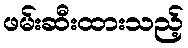
ဖမ်းဆီးထားသည့်